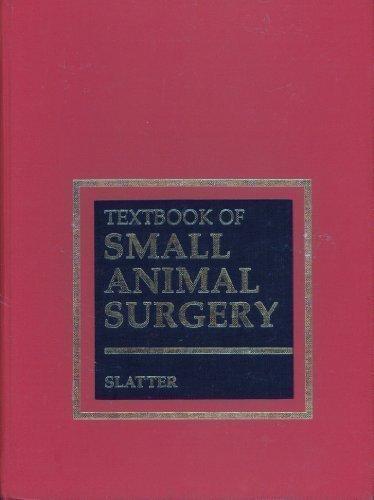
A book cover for Textbook of Small Animal Surgery (2-Volume Set); Medical Books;